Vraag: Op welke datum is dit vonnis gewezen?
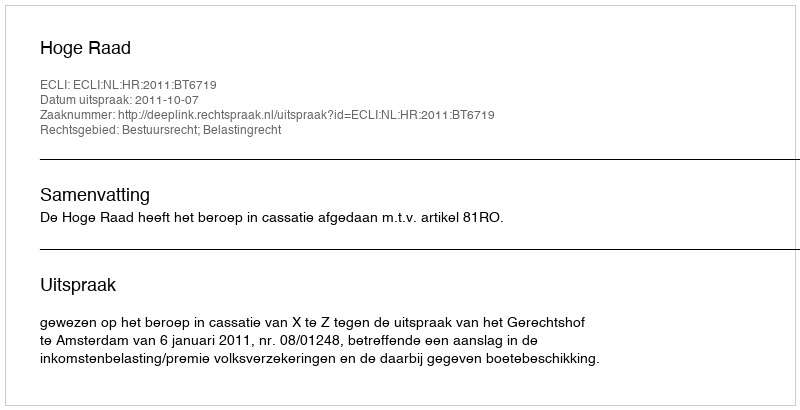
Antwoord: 2011-10-07